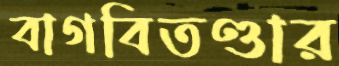
বাগবিতণ্ডার